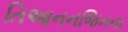
તિઆનનજિનના